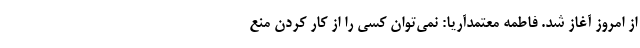
از امروز آغاز شد. فاطمه معتمدآریا: نمی‌توان کسی را از کار کردن منع